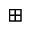
\boxplus